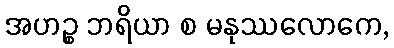
အဟဉ္စ ဘရိယာ စ မနုဿလောကေ,